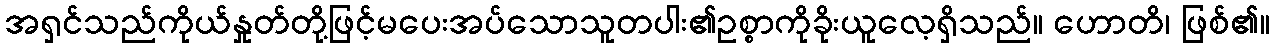
အရှင်သည်ကိုယ်နှုတ်တို့ဖြင့်မပေးအပ်သောသူတပါး၏ဥစ္စာကိုခိုးယူလေ့ရှိသည်။ ဟောတိ၊ ဖြစ်၏။